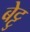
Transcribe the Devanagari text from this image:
बेट्टु